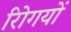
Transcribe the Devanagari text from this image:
रोिगयों